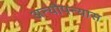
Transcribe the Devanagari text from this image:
अन्यौपन्यास